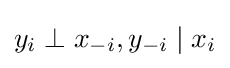
y_{i}\perp x_{-i},y_{-i}\mid x_{i}